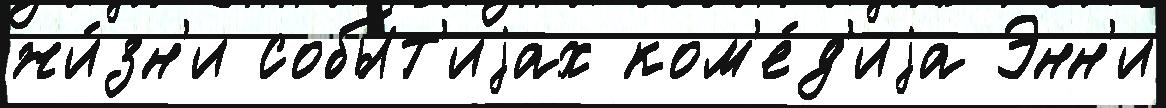
жи́зн'и собы́т'иjах ком'е́д'иjа Энн'и